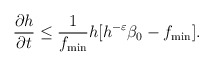
\begin{align*}\frac{\partial h}{\partial t}\leq \frac{1}{f_{\min}}h[h^{-\varepsilon}\beta_{0}-f_{\min}].\end{align*}